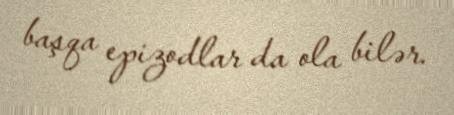
başqa epizodlar da ola bilər.